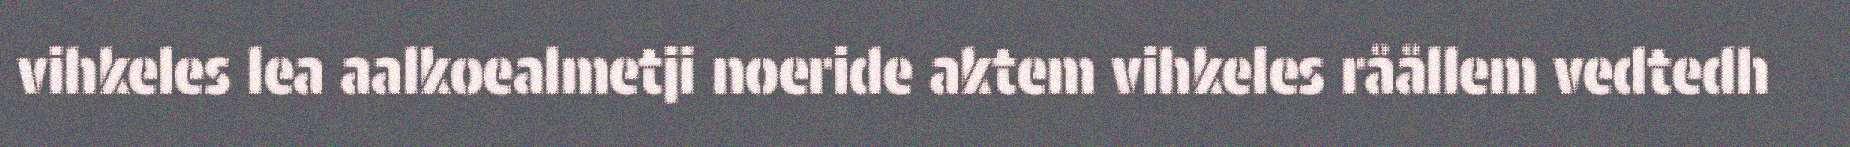
vihkeles lea aalkoealmetji noeride aktem vihkeles råållem vedtedh